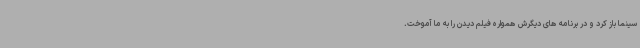
سینما باز کرد و در برنامه های دیگرش همواره فیلم دیدن را به ما آموخت.